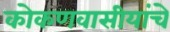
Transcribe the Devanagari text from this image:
कोकणवासीयांचे